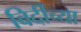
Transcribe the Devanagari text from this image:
विर्दीच्या